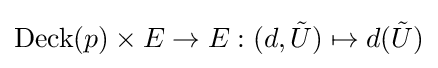
\operatorname {Deck} (p)\times E\rightarrow E:(d,{\tilde {U}})\mapsto d({\tilde {U}})